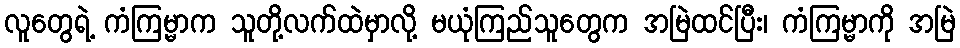
လူတွေရဲ့ ကံကြမ္မာက သူတို့လက်ထဲမှာလို့ မယုံကြည်သူတွေက အမြဲထင်ပြီး၊ ကံကြမ္မာကို အမြဲ